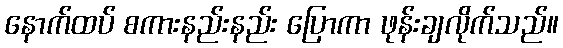
နောက်ထပ် စကားနည်းနည်း ပြောကာ ဖုန်းချလိုက်သည်။